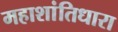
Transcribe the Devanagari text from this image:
महाशांतिधारा